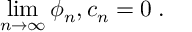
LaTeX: \operatorname * { l i m } _ { n \to \infty } \phi _ { n } , c _ { n } = 0 \; .